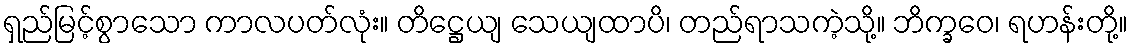
ရှည်မြင့်စွာသော ကာလပတ်လုံး။ တိဋ္ဌေယျ သေယျထာပိ၊ တည်ရာသကဲ့သို့။ ဘိက္ခဝေ၊ ရဟန်းတို့။